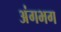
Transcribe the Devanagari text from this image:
अंगभग